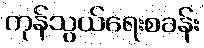
ကုန်သွယ်ရေးစခန်း